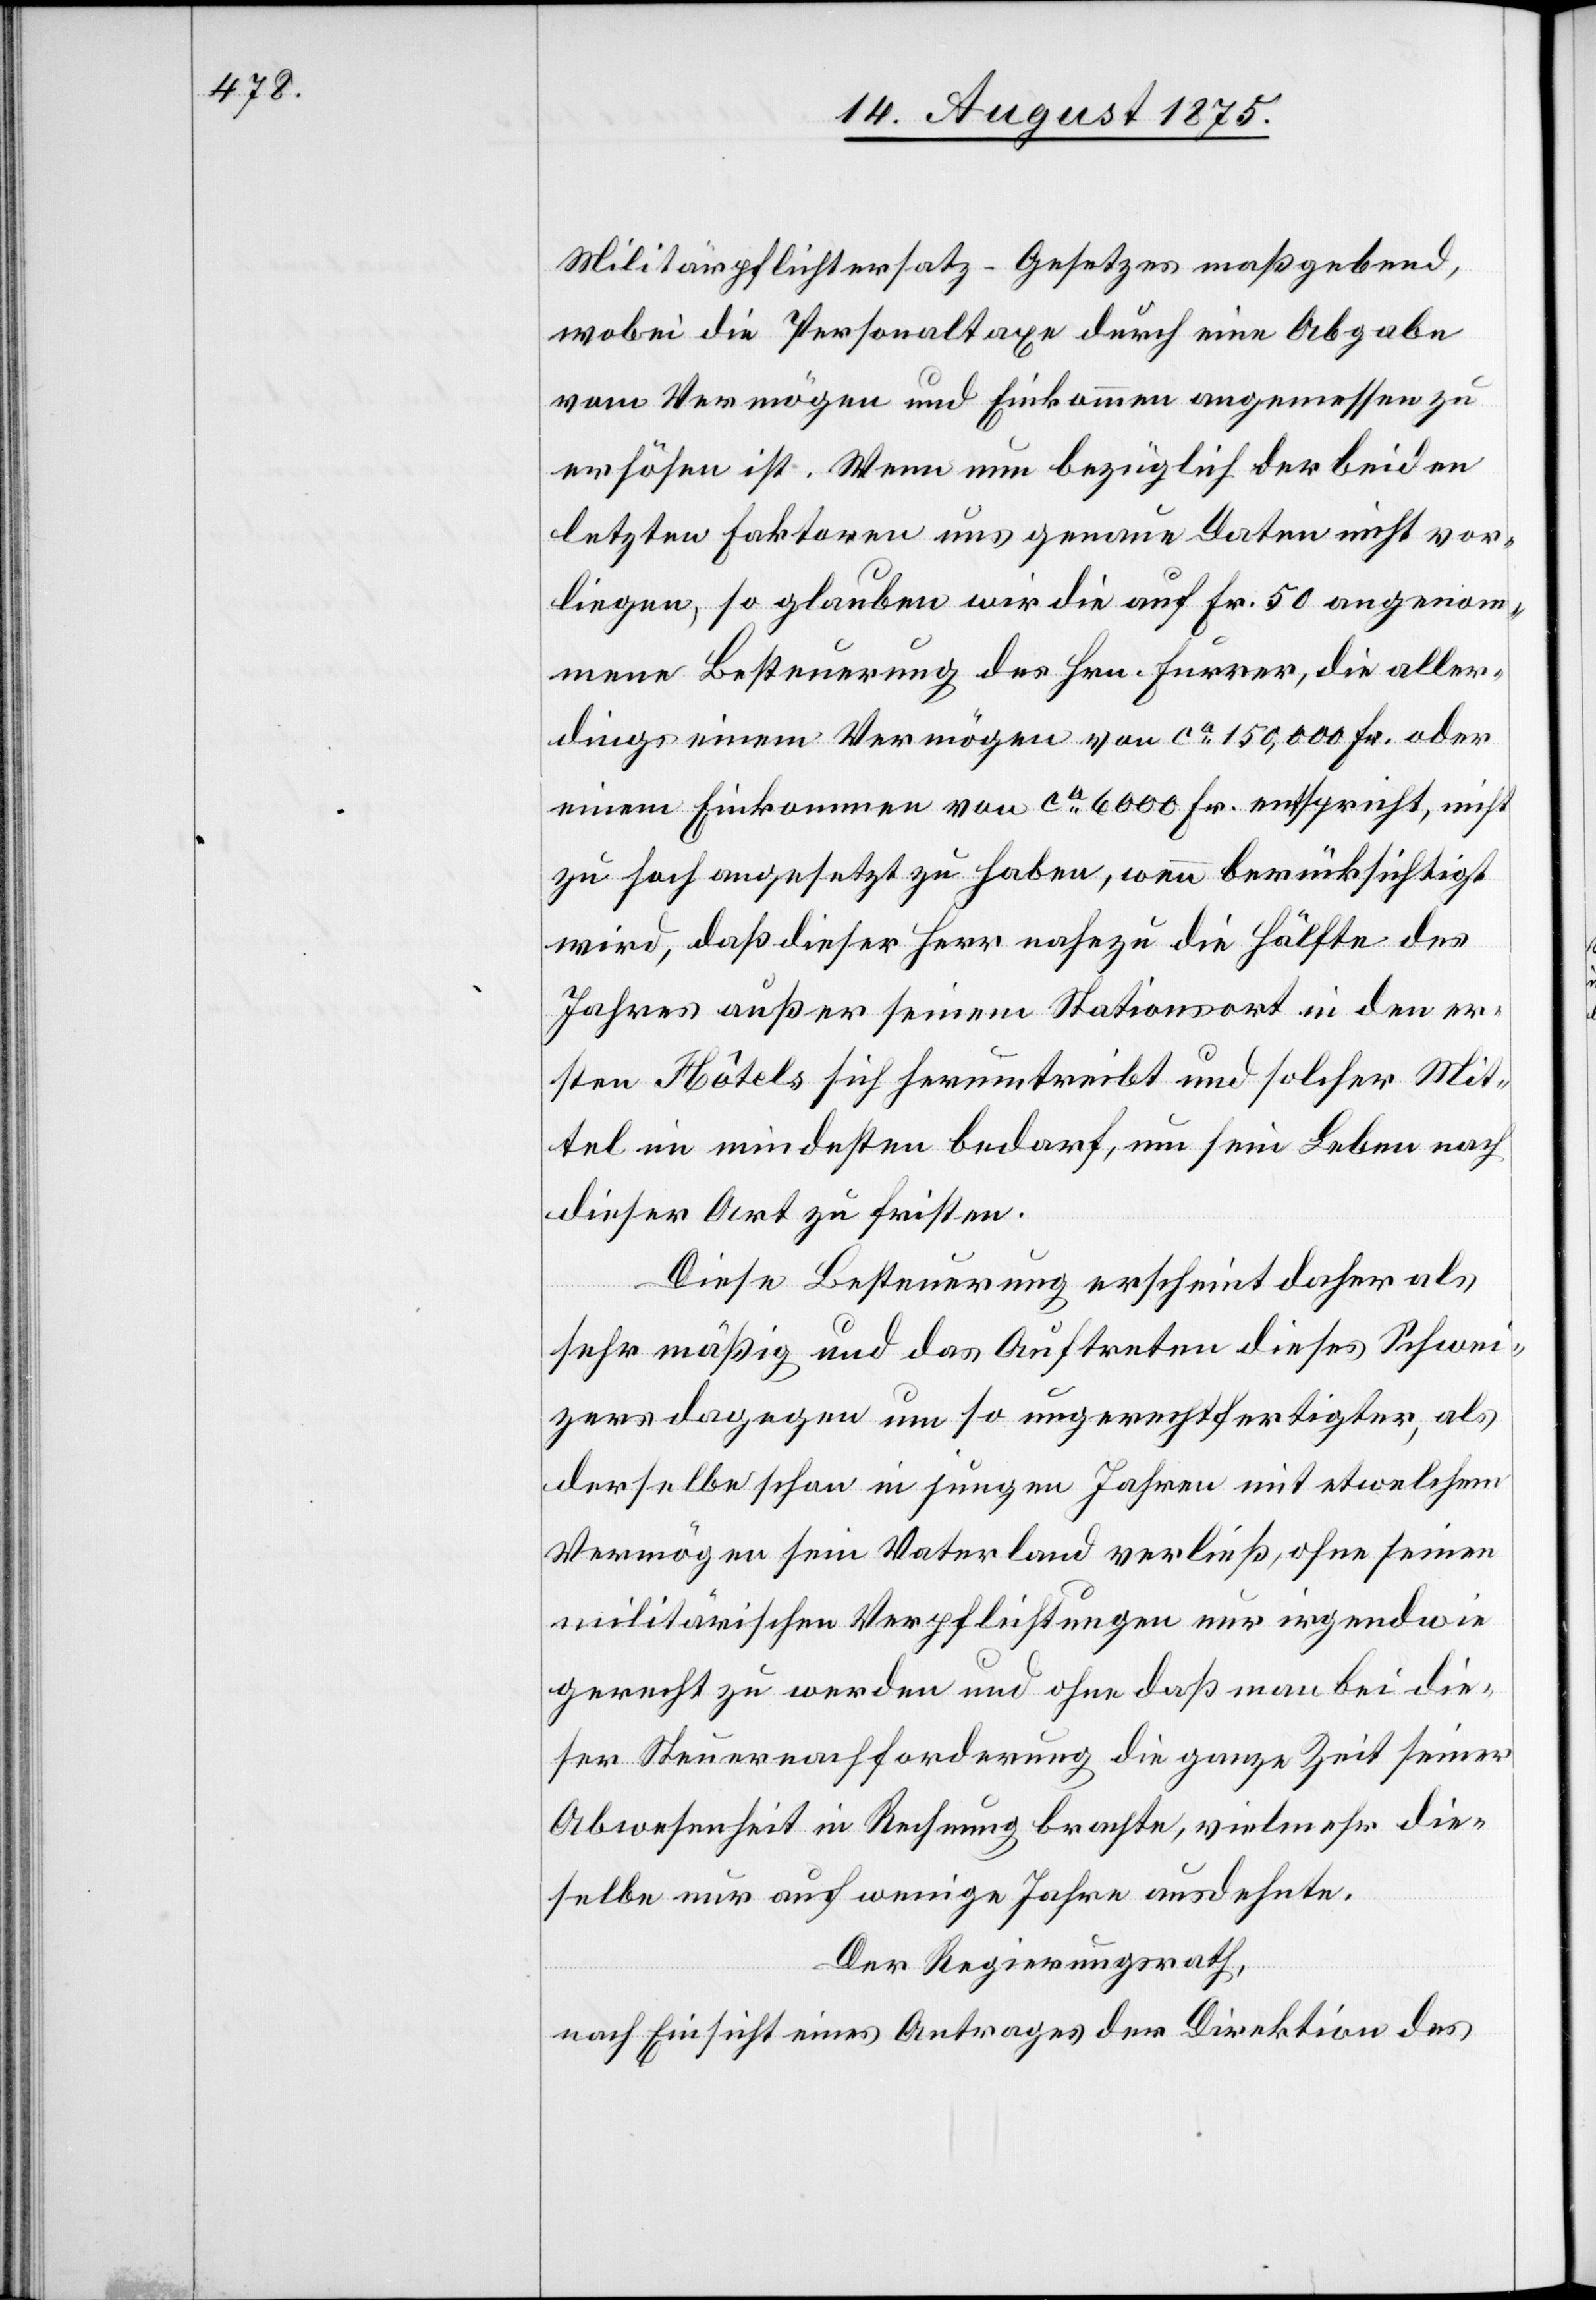
Militärpflichtersatz-Gesetzes maßgebend,
wobei die Personaltaxe durch eine Abgabe
vom Vermögen und Einkommen angemessen zu
erhöhen ist. Wenn nun bezüglich der beiden
letzten Faktoren uns genaue Daten nicht vor¬
liegen, so glauben wir die auf Fr. 50 angenom¬
mene Besteuerung des Hrn. Furrer, die aller¬
dings einem Vermögen von ca 150,000 Fr. oder
einem Einkommen von ca 6000 Fr. entspricht, nicht
zu hoch angesetzt zu haben, wenn berücksichtigt
wird, daß dieser Herr nahezu die Hälfte des
Jahres außer seinem Stationsort in den er¬
sten Hôtels sich herumtreibt und solcher Mit¬
tel im Mindestens bedarf, um sein Leben nach
dieser Art zu fristen.
Diese Besteuerung scheint daher als
sehr mäßig und das Auftreten dieses Schwei¬
zers dagegen um so ungerechtfertigter, als
derselbe schon in jungen Jahren mit etwelchem
Vermögen sein Vaterland verließ, ohne seinen
militärischen Verpflichtungen nur irgendwie
gerecht zu werden und ohne daß man bei die¬
ser Steuernachforderung die ganze Zeit seiner
Abwesenheit in Rechnung brachte, vielmehr die¬
selbe nur auf wenige Jahre ausdehnte.
Der Regierungsrath,
nach Einsicht eines Antrages der Direktion des